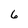
Character: 6